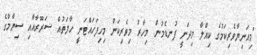
"މިއަނިޔާވެރިކަމުގެ ކިއްލާ މިދަނީ ފުނޑެމުން. މިހާރު މިވެރިކަން މިހިފަހައްޓަނީ ހާލަތުއް ޟަރޫރާއާއި ސިޔާމްގެ